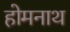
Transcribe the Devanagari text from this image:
होमनाथ